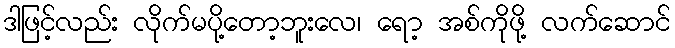
ဒါဖြင့်လည်း လိုက်မပို့တော့ဘူးလေ၊ ရော့ အစ်ကိုဖို့ လက်ဆောင်